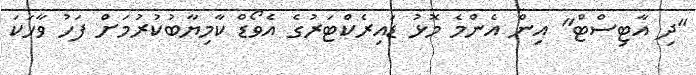
"ދި އާޓިސްޓް" އިން އެންމެ މޮޅު ޑައިރެކްޓަރުގެ އެވޯޑް ކާމިޔާބުކުރުމަށް ފަހު ވާހަކަ